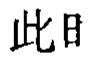
此日